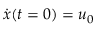
\dot { x } ( t = 0 ) = u _ { 0 }